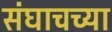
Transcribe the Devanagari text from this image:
संघाचच्या